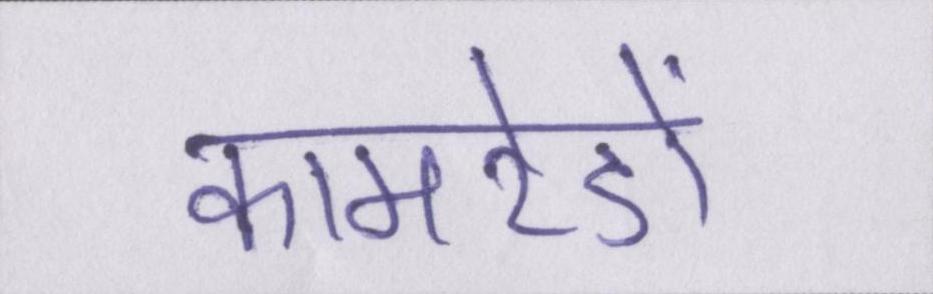
कामरेडों